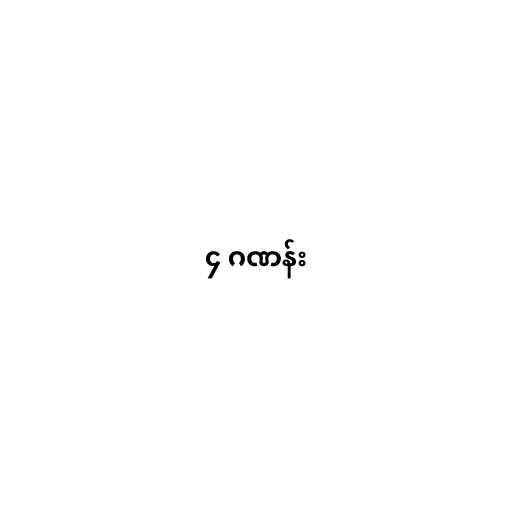
၄ ဂဏန်း